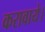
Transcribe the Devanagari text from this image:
करावाये।